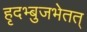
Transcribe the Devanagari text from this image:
हृदभ्बुजभेतत्